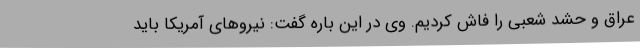
عراق و حشد شعبی را فاش کردیم. وی در این باره گفت: نیروهای آمریکا باید